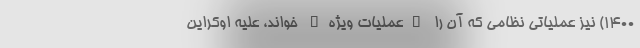
۱۴۰۰) نیز عملیاتی نظامی که آن را "عملیات ویژه" خواند، علیه اوکراین